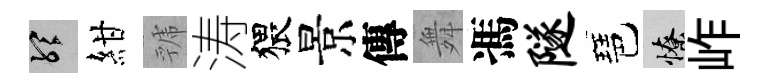
聽紺虢涛猥景傳舞馮隧琶憭岞